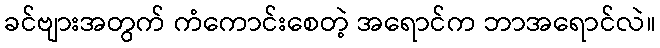
ခင်ဗျားအတွက် ကံကောင်းစေတဲ့ အရောင်က ဘာအရောင်လဲ။